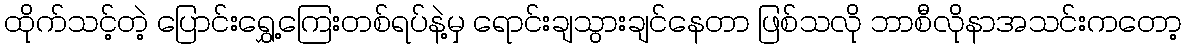
ထိုက်သင့်တဲ့ ပြောင်းရွှေ့ကြေးတစ်ရပ်နဲ့မှ ရောင်းချသွားချင်နေတာ ဖြစ်သလို ဘာစီလိုနာအသင်းကတော့